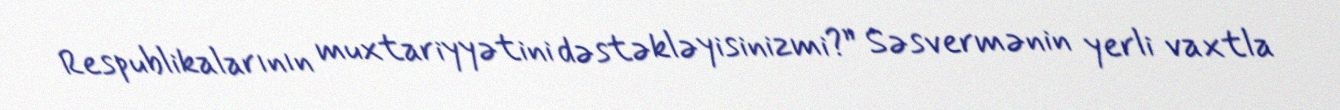
Respublikalarının muxtariyyətini dəstəkləyisinizmi?” Səsvermənin yerli vaxtla